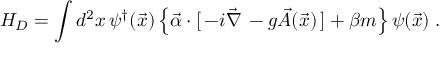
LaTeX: H _ { D } = \int d ^ { 2 } x \, \psi ^ { \dagger } ( \vec { x } ) \left\{ \vec { \alpha } \cdot [ \, - i \vec { \nabla } \, - g \vec { A } ( \vec { x } ) \, ] + \beta m \right\} \psi ( \vec { x } ) \; .